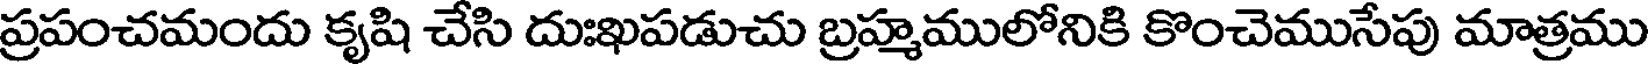
ప్రపంచమందు కృషి చేసి దుఃఖపడుచు బ్రహ్మములోనికి కొంచెముసేపు మాత్రము